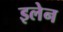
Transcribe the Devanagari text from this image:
इलेन